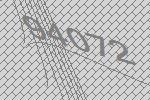
94072